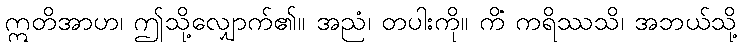
ဣတိအာဟ၊ ဤသို့လျှောက်၏။ အညံ၊ တပါးကို။ ကိံ ကရိဿသိ၊ အဘယ်သို့